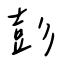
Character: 彭